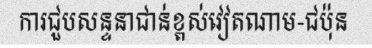
ការជួបសន្ទនាជាន់ខ្ពស់វៀតណាម-ជប៉ុន